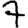
Digit: 7